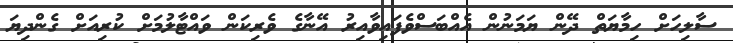
ސާލިހަށް ހިމާޔަތް ދޭން ޔަމަނުން އެއްބަސްވެފައިވާއިރު އޭނާގެ ވެރިކަން ވައްޓާލުމަށް ކުރިއަށް ގެންދިޔަ